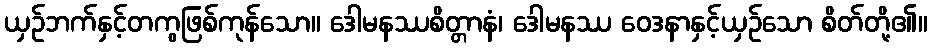
ယှဉ်ဘက်နှင့်တကွဖြစ်ကုန်သော။ ဒေါမနဿစိတ္တာနံ၊ ဒေါမနဿ ဝေဒနာနှင့်ယှဉ်သော စိတ်တို့၏။